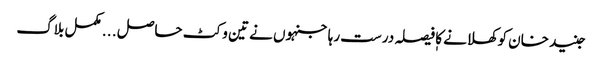
جنید خان کوکھلانے کا فیصلہ درست رہا جنہوں نے تین وکٹ حاصل . . . مکمل بلاگ